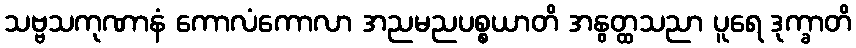
သဗ္ဗသကုဏာနံ ကောလံကောလာ အညမညပစ္စယာတိ အနွတ္ထသညာ ပူရေ ဒုက္ခာတိ